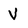
Character: v